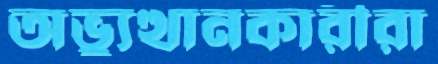
অভ্যুত্থানকারীরা